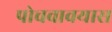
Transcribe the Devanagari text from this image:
पोचवावयास